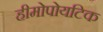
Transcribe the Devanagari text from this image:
हीमोपोयटिक